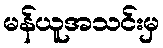
မန်ယူအသင်းမှ